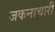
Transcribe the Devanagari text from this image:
जकनाचारी